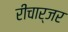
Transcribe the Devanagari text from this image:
रीचार्जर